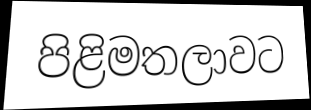
පිළිමතලාවට